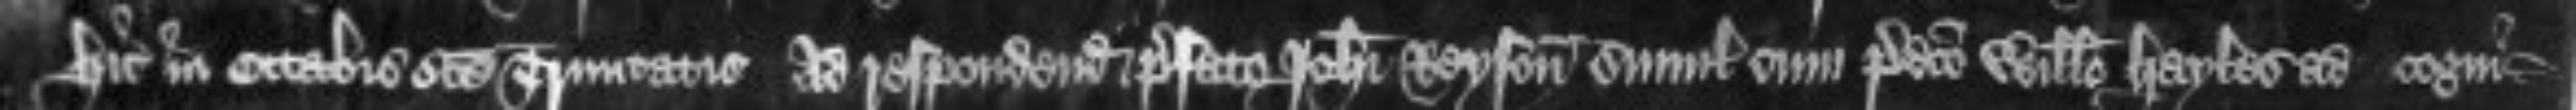
hic in Octabis Sancte Trinitatis ad respondendum prefato Johanni Reyson simul cum predicto Willelmo Hayles ad cogni